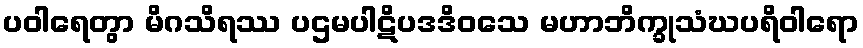
ပဝါရေတွာ မိဂသိရဿ ပဌမပါဋိပဒဒိဝသေ မဟာဘိက္ခုသံဃပရိဝါရော